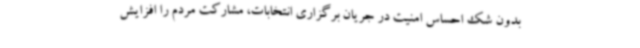
بدون شک احساس امنیت در جریان برگزاری انتخابات، مشارکت مردم را افزایش